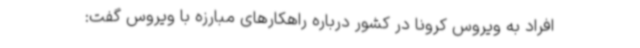
افراد به ویروس کرونا در کشور درباره راهکارهای مبارزه با ویروس گفت: